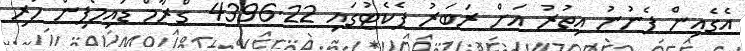
އެގެއިން ފެނުނު އިތުރު އަށް ރަބަރު ޕެކެޓުގައި 4396.22 ގްރާމް ޑައިމޯފިން ހުރި